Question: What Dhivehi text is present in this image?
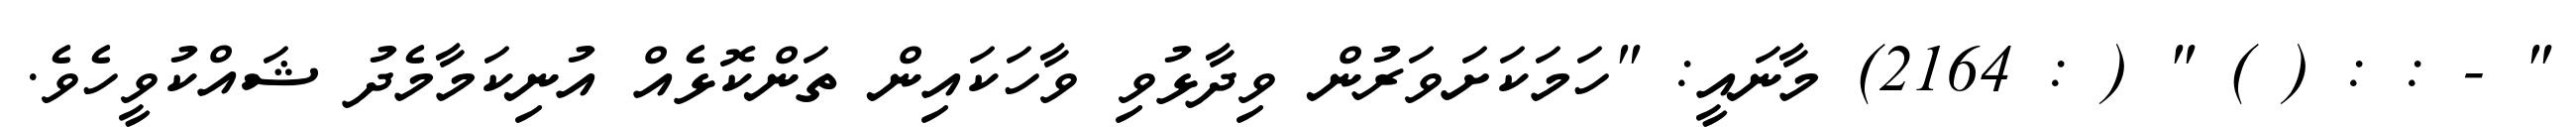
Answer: " - : : ( ) " ( : 2164) މާނައީ: "ހަމަކަށަވަރުން ވިދާޅުވި ވާހަކައިން ތަންކޮޅެއް އުނިކަމާމެދު ޝައްކުވީހެވެ.